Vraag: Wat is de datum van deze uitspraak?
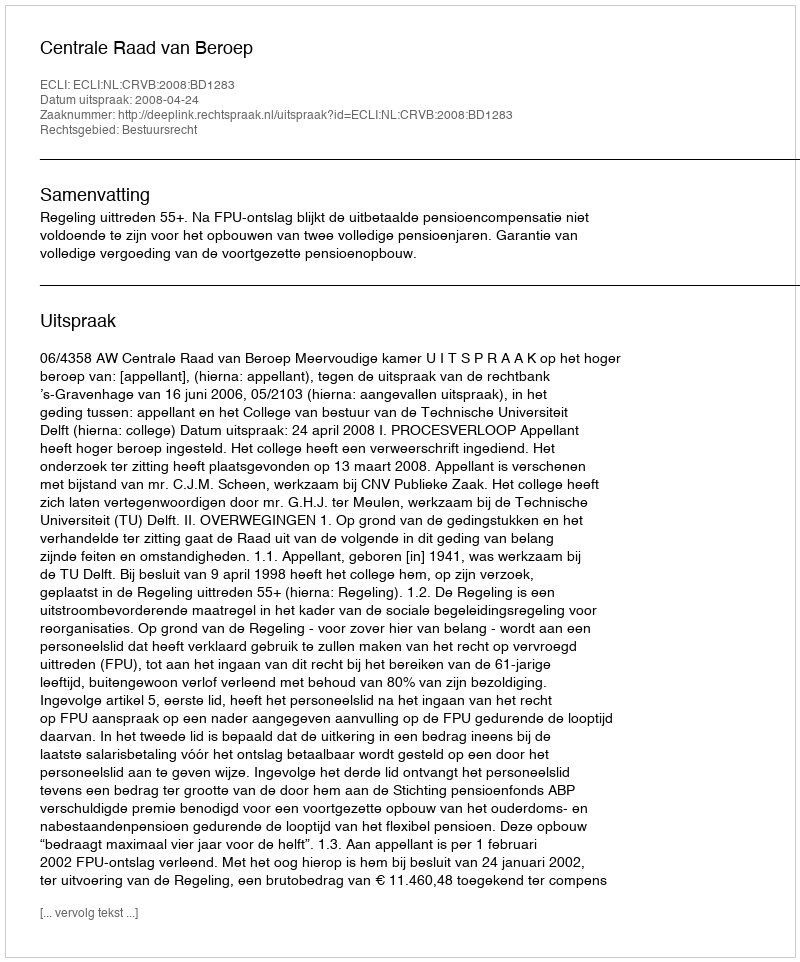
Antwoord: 2008-04-24